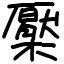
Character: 檿